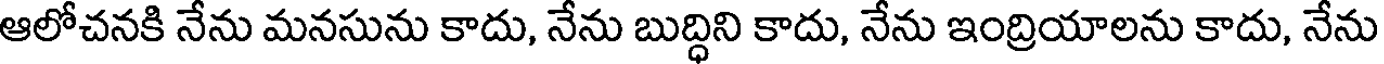
ఆలోచనకి నేను మనసును కాదు, నేను బుద్ధిని కాదు, నేను ఇంద్రియాలను కాదు, నేను